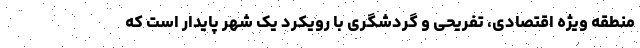
منطقه ویژه اقتصادی، تفریحی و گردشگری با رویکرد یک شهر پایدار است که